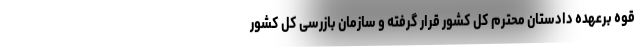
قوه برعهده دادستان محترم کل کشور قرار گرفته و سازمان بازرسی کل کشور